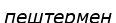
пештермен